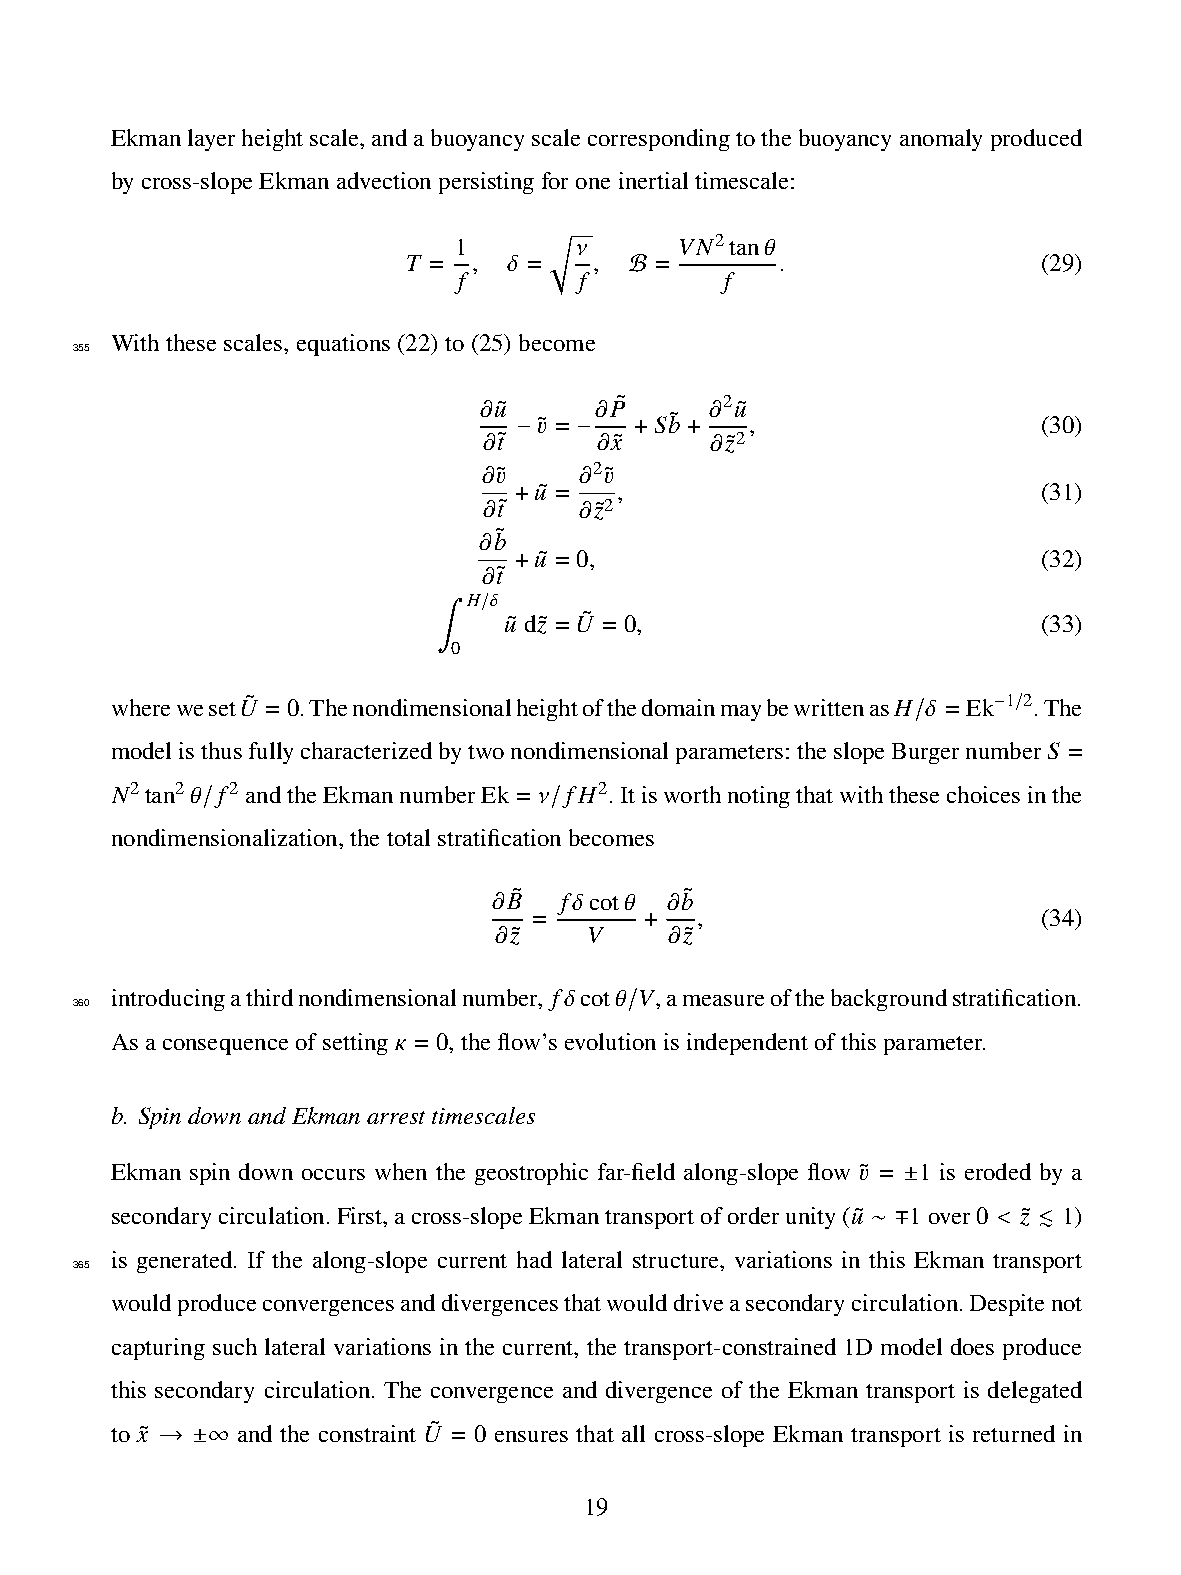
Ekmanlayerheightscale,andabuoyancyscalecorrespondingtothebuoyancyanomalyproduced
 bycross-slopeEkmanadvectionpersistingforoneinertialtimescale:
 1       𝜈      𝑉𝑁2tan𝜃
 𝑇 = ,  𝛿 =  ,   =        .                (29)
 𝑓       𝑓   B     𝑓
 √︂
 Withthesescales,equations(22)to(25)become
 355
 𝜕𝑢˜    𝜕𝑃˜     𝜕2𝑢˜
 𝑣˜ =   𝑆𝑏˜    ,                  (30)
 𝜕𝑡˜ − −𝜕𝑥˜ + + 𝜕𝑧˜2
 𝜕𝑣˜   𝜕2𝑣˜
 𝑢˜ =  ,                           (31)
 𝜕𝑡˜ + 𝜕𝑧˜2
 𝜕𝑏˜
 𝑢˜ = 0,                           (32)
 𝜕𝑡˜ +
 𝐻 𝛿
 / 𝑢˜ d𝑧˜ =𝑈˜ = 0,                    (33)
 ∫0
 whereweset𝑈˜ = 0.Thenondimensionalheightofthedomainmaybewrittenas𝐻 𝛿 = Ek 1 2.The
 − /
 /
 modelisthusfullycharacterizedbytwonondimensionalparameters:theslopeBurgernumber𝑆 =
 𝑁2tan2𝜃 𝑓2 andtheEkmannumberEk = 𝜈 𝑓𝐻2.Itisworthnotingthatwiththesechoicesinthe
 /                      /
 nondimensionalization,thetotalstratificationbecomes
 𝜕𝐵˜ 𝑓𝛿cot𝜃 𝜕𝑏˜
 =          ,                      (34)
 𝜕𝑧˜   𝑉   + 𝜕𝑧˜
 introducingathirdnondimensionalnumber, 𝑓𝛿cot𝜃 𝑉,ameasureofthebackgroundstratification.
 360
 /
 Asaconsequenceofsetting 𝜅 = 0,theflow’sevolutionisindependentofthisparameter.
 b. SpindownandEkmanarresttimescales
 Ekman spin down occurs when the geostrophic far-field along-slope flow 𝑣˜ = 1 is eroded by a
 ±
 secondarycirculation.First,across-slopeEkmantransportoforderunity(𝑢˜ 1over0 < 𝑧˜ ≲ 1)
 ∼ ∓
 is generated. If the along-slope current had lateral structure, variations in this Ekman transport
 365
 wouldproduceconvergencesanddivergencesthatwoulddriveasecondarycirculation.Despitenot
 capturing such lateral variations in the current, the transport-constrained 1D model does produce
 this secondary circulation. The convergence and divergence of the Ekman transport is delegated
 to 𝑥˜    and the constraint 𝑈˜ = 0 ensures that all cross-slope Ekman transport is returned in
 →  ±∞
 19